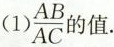
(1)\frac{AB}{AC}的值.